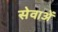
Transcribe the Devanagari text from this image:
सेवाअें